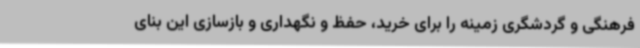
فرهنگی و گردشگری زمینه را برای خرید، حفظ و نگهداری و بازسازی این بنای